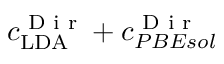
c _ { \mathrm { L D A } } ^ { \textnormal { D i r } } + c _ { P B E s o l } ^ { \textnormal { D i r } }